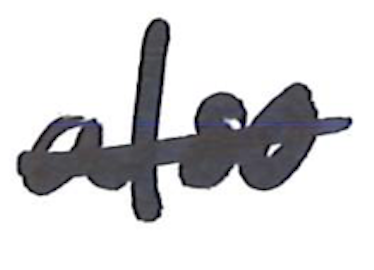
Text: also
Cross-out: single-line
Writing tool: marker